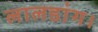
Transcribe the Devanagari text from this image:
लालडांग।